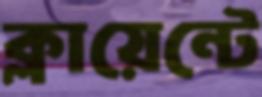
ক্লায়েন্টে